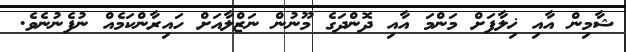
ޝާމިން އާއި ޚިލާފަށް މަންމަ އާއި ދޮންދަގެ މޫނުން ނަޒްލާއަށް ހައިރާންކަމެއް ނުފެނުނެވެ.